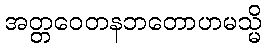
အတ္တဝေတနဘတောဟမသ္မိ